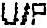
U/P